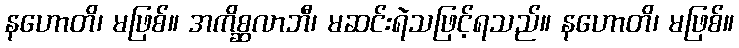
နဟောတိ၊ မဖြစ်။ အကိစ္ဆလာဘီ၊ မဆင်းရဲသဖြင့်ရသည်။ နဟောတိ၊ မဖြစ်။